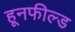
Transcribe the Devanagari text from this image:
हूनफील्ड